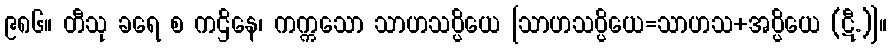
၉၈၆။ တီသု ခရေ စ ကဌိနေ၊ ကက္ကသော သာဟသပ္ပိယေ [သာဟသပ္ပိယေ=သာဟသ+အပ္ပိယေ (ဋီ.)]။